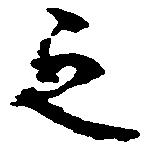
之